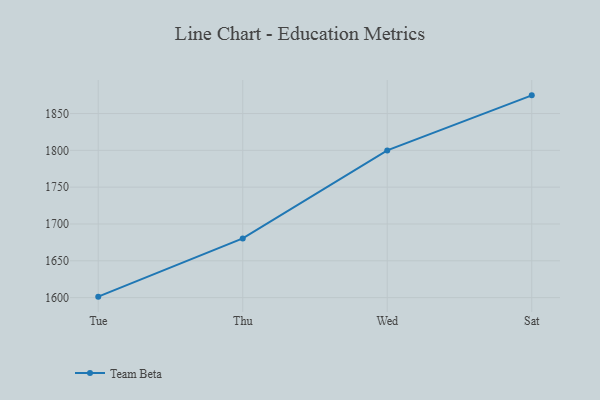
{"axis": {"x": "Day", "y": "Demand Index"}, "legend": ["Team Beta"], "data": [{"x": "Tue", "y": 1601.3, "type": "Team Beta"}, {"x": "Thu", "y": 1680.4, "type": "Team Beta"}, {"x": "Wed", "y": 1799.9, "type": "Team Beta"}, {"x": "Sat", "y": 1874.7, "type": "Team Beta"}]}